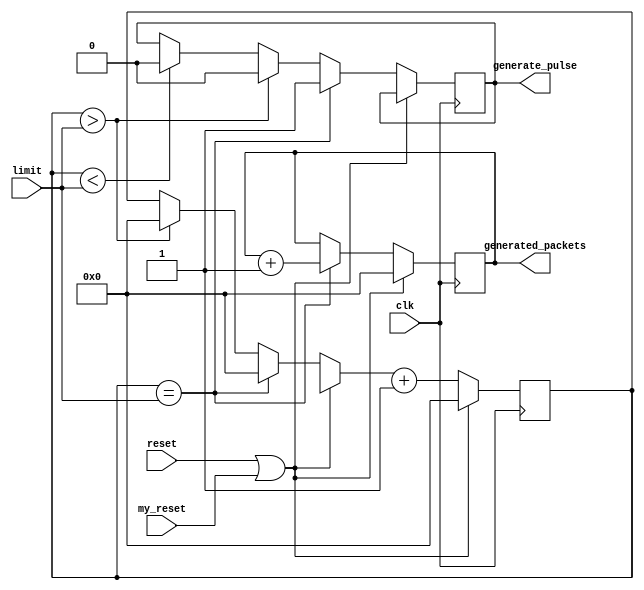
module rater(
    input [31:0] limit,
    input clk,
    input reset,
    output reg generate_pulse,
	 output reg [31:0]generated_packets,
	 input my_reset
    );


reg [31:0] counter;
//reg [31:0]generated_packets ;
//reg [31:0] generate_pulse;



always @(posedge clk)
begin

	if(reset || my_reset)
	begin
		
			counter = 0;
			generated_packets =0;
	end
	else
	begin
			if(counter == limit )
			begin
				generate_pulse =1;
				counter =0;
				generated_packets = generated_packets +1;
			end
			else if(counter > limit)
			begin
				generate_pulse =0;
				counter =0;
			end
			else if(counter <limit)
			begin
					generate_pulse=0;
			end
						counter = counter +1;
	end

end //end always



endmodule